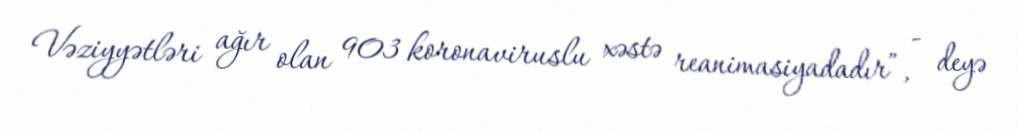
Vəziyyətləri ağır olan 903 koronaviruslu xəstə reanimasiyadadır”, - deyə